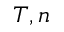
T , n